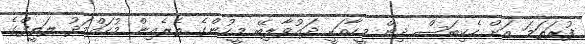
ފުރަތަމަ އަށް ހެކިބަސް ދިން މީހާއަކީ ދައުވާލިބޭ މީހުންގެ ތެރެއިން މުހައްމަދު ލަތީފްގެ